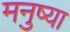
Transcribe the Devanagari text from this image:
मनुष्या